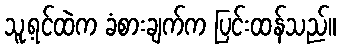
သူ့ရင်ထဲက ခံစားချက်က ပြင်းထန်သည်။